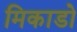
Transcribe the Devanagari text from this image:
मिकाडो